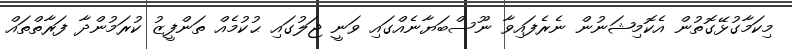
މިކަމާގުޅޭގޮތުން އެކޮމިޝަނުން ނެރެފައިވާ ނޫސްބަޔާނެއްގައި ވަނީ ޖަލުގައި ޙުކުމެއް ތަންފީޒު ކުރަމުންދާ ފަރާތްތައް